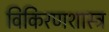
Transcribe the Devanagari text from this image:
विकिरणशास्त्र